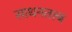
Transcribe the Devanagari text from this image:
साधनतत्त्ब